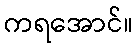
ကရအောင်။